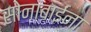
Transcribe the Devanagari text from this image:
सोनाबाईंना